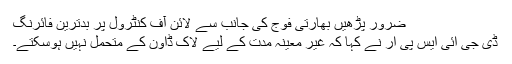
ضرور پڑھیں بھارتی فوج کی جانب سے لائن آف کنٹرول پر بدترین فائرنگ
ڈی جی آئی ایس پی آر نے کہا کہ غیر معینہ مدت کے لیے لاک ڈاؤن کے متحمل نہیں ہوسکتے۔